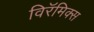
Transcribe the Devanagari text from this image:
विरॅमिक्स